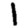
Digit: 1